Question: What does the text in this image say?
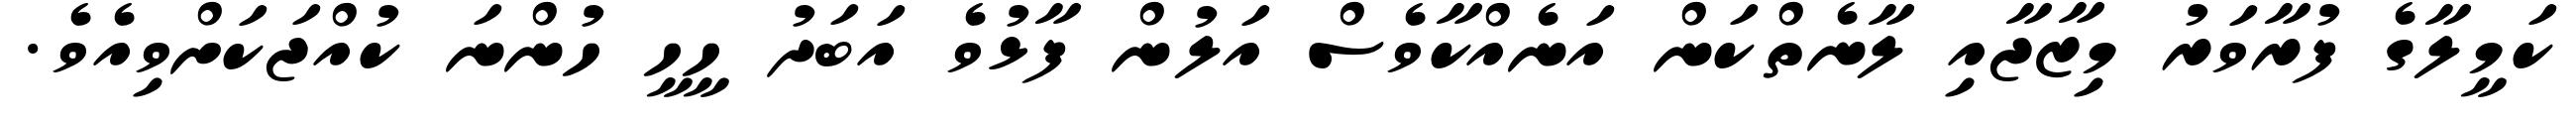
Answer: ކަމީލާގެ ފުރާވަރު މިޒާޖާއި ލާނެތްކަން އަނެއްކާވެސް އަލުން ފާޅުވެ އަބަދު ހީހީ ހުންނަ ކުއްޖަކަށްވިއެވެ.